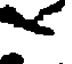
<